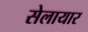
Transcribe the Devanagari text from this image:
सेलायार